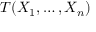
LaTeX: T ( X _ { 1 } , \dots , X _ { n } )